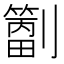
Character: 𫦝